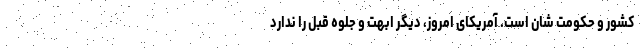
کشور و حکومت شان است. آمریکای امروز، دیگر ابهت و جلوه قبل را ندارد